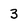
Character: 3